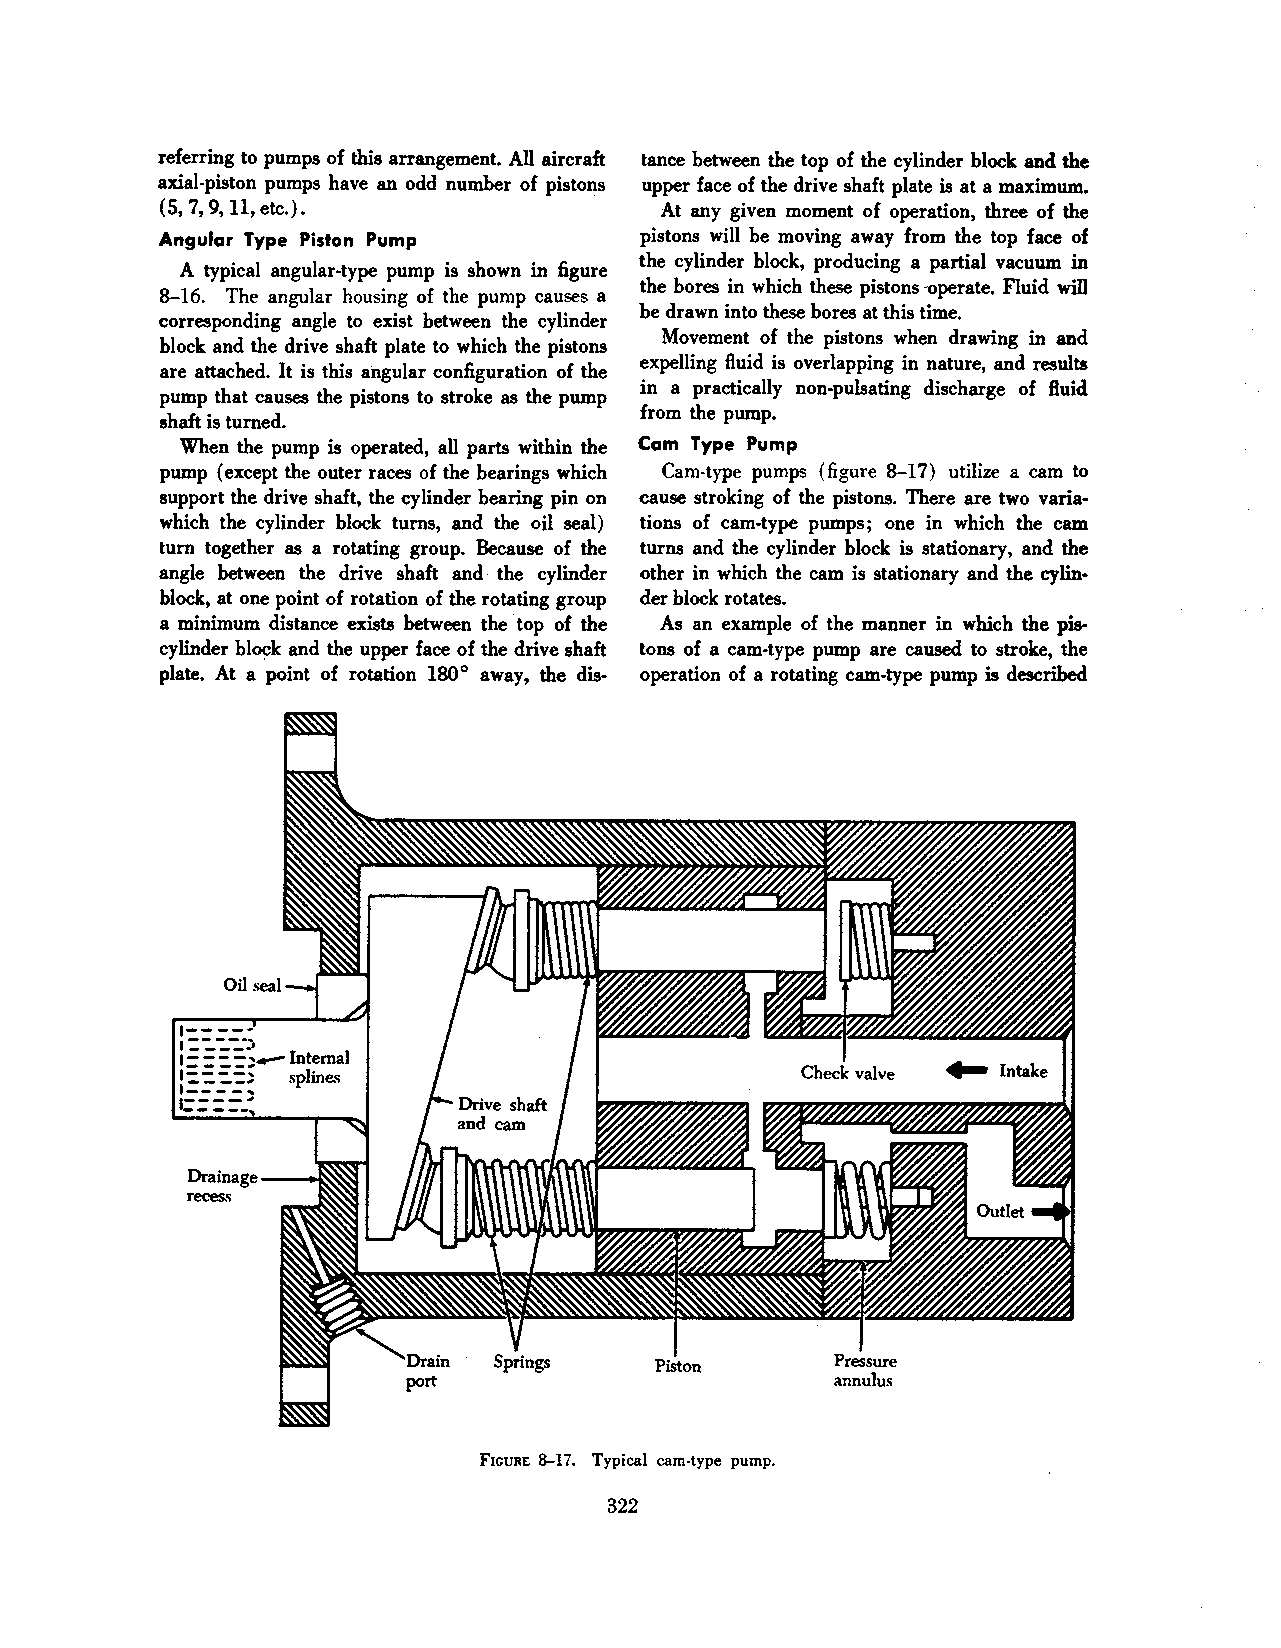
referring to pumps of this arrangement. All aircraft lance between the top of the cylinder block and the
 axial-piston pumps have an odd number of pistons upper face of the drive shaft plate is at a maximum.
 (5, 7, 9, 11, etc.).             At any given moment of operation, three of the
 Angular Type Piston Pump        pistons will be moving away from the top face of
 the cylinder block, producing a partial vacuum in
 A typical angular-type pump is shown in figure
 the bores in which these pistons -operate. Fluid will
 8-16. The angular housing of the pump causes a
 be drawn into these bores at this time.
 corresponding angle to exist between the cylinder
 Movement of the pistons when drawing in and
 block and the drive shaft plate to which the pistons
 expelling fluid is overlapping in nature, and results
 are attached. It is this angular configuration of the
 in a practically non-pulsating discharge of fluid
 pump that causes the pistons to stroke as the pump
 from the pump.
 shaft is turned.
 When the pump is operated, all parts within the Cam Type Pump
 pump (except the outer races of the bearings which Cam-type pumps (figure 8-17) utilize a cam to
 support the drive shaft, the cylinder bearing pin on cause stroking of the pistons. There are two varia
 which the cylinder block turns, and the oil seal) tions of cam-type pumps; one in which the cam
 tum together as a rotating group. Because of the turns and the cylinder block is stationary, and the
 angle between the drive shaft and· the cylinder other in which the cam is stationary and the cylin
 block, at one point of rotation of the rotating group der block rotates.
 a minimum distanCe exists between the ·top of the As an example of the manner in which the pis
 cylinder block and the upper face of the drive shaft tons of a cam-type pump are caused to stroke, the
 plate. At a point of rotation 180° away, the dis- operation of a rotating cam-type pump is described
 FIGURE 8-17. Typical cam-type pump.
 322